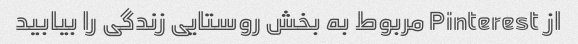
از Pinterest مربوط به بخش روستایی زندگی را بیابید